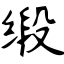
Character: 缎